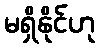
မရှိနိုင်ဟု